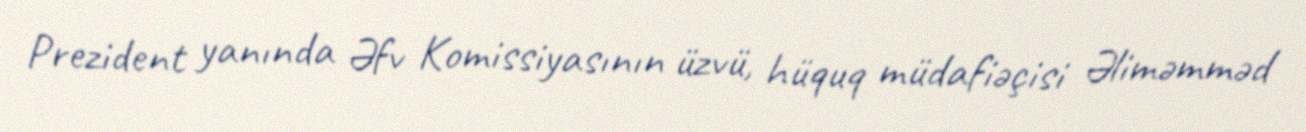
Prezident yanında Əfv Komissiyasının üzvü, hüquq müdafiəçisi Əliməmməd